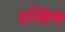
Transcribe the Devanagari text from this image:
हम्शिक